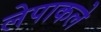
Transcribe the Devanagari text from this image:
लेपाकले